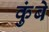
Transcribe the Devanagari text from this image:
कुंबे